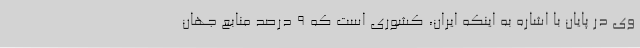
وی در پایان با اشاره به اینکه ایران، کشوری است که 9 درصد منابع جهان